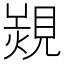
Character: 𧡠